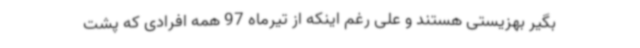
بگیر بهزیستی هستند و علی رغم اینکه از تیرماه 97 همه افرادی که پشت